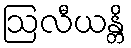
ဩလီယန္တိ